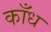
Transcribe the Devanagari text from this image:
काँध